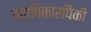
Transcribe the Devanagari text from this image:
वातविकारांपैकी